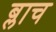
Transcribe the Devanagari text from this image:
ब्लाच